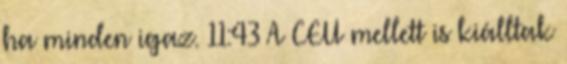
ha minden igaz. 11:43 A CEU mellett is kiálltak